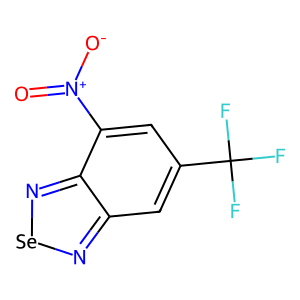
SMILES: O=[N+]([O-])c1cc(C(F)(F)F)cc2n[se]nc12
Inhibits HIV replication: No